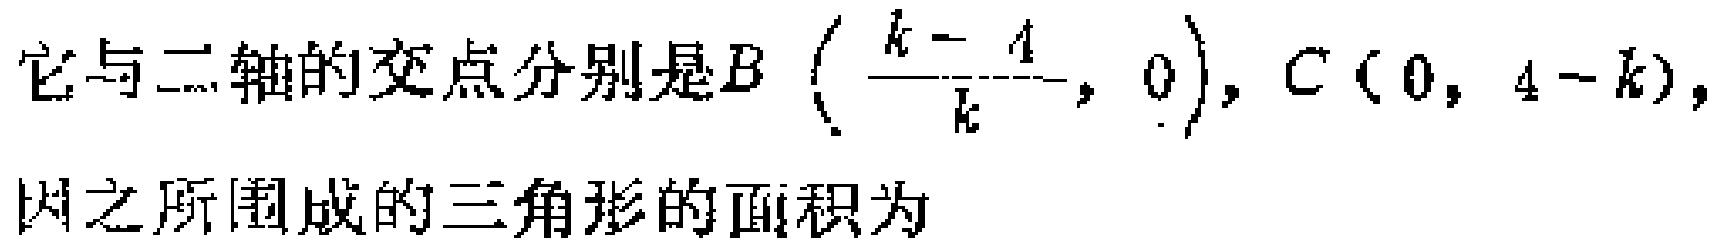
它与二轴的交点分别是\(B\left(\frac{k - 4}{k},0\right), C(0,4 - k)\)，因之所围成的三角形的面积为